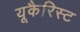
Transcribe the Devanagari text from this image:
यूकैरिस्ट